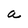
Character: a